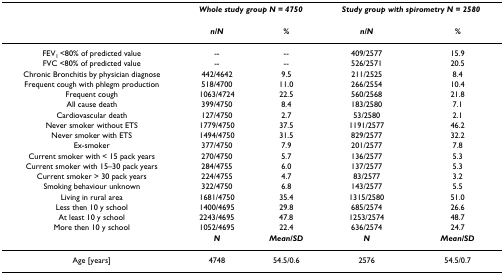
<table><thead><tr><td></td><td colspan="2"><b><i>Whole study group N = 4750</i></b></td><td colspan="2"><b><i>Study group with spirometry N = 2580</i></b></td></tr><tr><td></td><td><b><i>n/N</i></b></td><td><b><i>%</i></b></td><td><b><i>n/N</i></b></td><td><b><i>%</i></b></td></tr></thead><tbody><tr><td>FEV<sub>1 </sub>&lt;80% of predicted value</td><td>--</td><td>--</td><td>409/2577</td><td>15.9</td></tr><tr><td>FVC &lt;80% of predicted value</td><td>--</td><td>--</td><td>526/2571</td><td>20.5</td></tr><tr><td>Chronic Bronchitis by physician diagnose</td><td>442/4642</td><td>9.5</td><td>211/2525</td><td>8.4</td></tr><tr><td>Frequent cough with phlegm production</td><td>518/4700</td><td>11.0</td><td>266/2554</td><td>10.4</td></tr><tr><td>Frequent cough</td><td>1063/4724</td><td>22.5</td><td>560/2568</td><td>21.8</td></tr><tr><td>All cause death</td><td>399/4750</td><td>8.4</td><td>183/2580</td><td>7.1</td></tr><tr><td>Cardiovascular death</td><td>127/4750</td><td>2.7</td><td>53/2580</td><td>2.1</td></tr><tr><td>Never smoker without ETS</td><td>1779/4750</td><td>37.5</td><td>1191/2577</td><td>46.2</td></tr><tr><td>Never smoker with ETS</td><td>1494/4750</td><td>31.5</td><td>829/2577</td><td>32.2</td></tr><tr><td>Ex-smoker</td><td>377/4750</td><td>7.9</td><td>201/2577</td><td>7.8</td></tr><tr><td>Current smoker with &lt; 15 pack years</td><td>270/4750</td><td>5.7</td><td>136/2577</td><td>5.3</td></tr><tr><td>Current smoker with 15–30 pack years</td><td>284/4755</td><td>6.0</td><td>137/2577</td><td>5.3</td></tr><tr><td>Current smoker &gt; 30 pack years</td><td>224/4755</td><td>4.7</td><td>83/2577</td><td>3.2</td></tr><tr><td>Smoking behaviour unknown</td><td>322/4750</td><td>6.8</td><td>143/2577</td><td>5.5</td></tr><tr><td>Living in rural area</td><td>1681/4750</td><td>35.4</td><td>1315/2580</td><td>51.0</td></tr><tr><td>Less then 10 y school</td><td>1400/4695</td><td>29.8</td><td>685/2574</td><td>26.6</td></tr><tr><td>At least 10 y school</td><td>2243/4695</td><td>47.8</td><td>1253/2574</td><td>48.7</td></tr><tr><td>More then 10 y school</td><td>1052/4695</td><td>22.4</td><td>636/2574</td><td>24.7</td></tr><tr><td></td><td><b><i>N</i></b></td><td><b><i>Mean/SD</i></b></td><td><b><i>N</i></b></td><td><b><i>Mean/SD</i></b></td></tr><tr><td>Age [years]</td><td>4748</td><td>54.5/0.6</td><td>2576</td><td>54.5/0.7</td></tr></tbody></table>